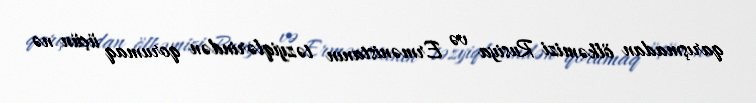
qarışmadan ölkəmizi Rusiya və Ermənistanın təzyiqlərindən qorumaq üçün nə